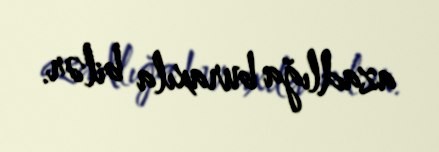
azadlığa buraxıla bilər.